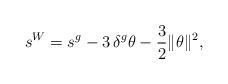
LaTeX: \begin{align*} s^W=s^g-3\,\delta^g\theta-\frac{3}{2}\|\theta\|^2, \end{align*}